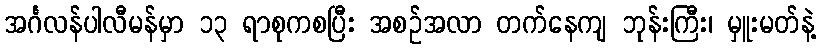
အင်္ဂလန်ပါလီမန်မှာ ၁၃ ရာစုကစပြီး အစဉ်အလာ တက်နေကျ ဘုန်းကြီး၊ မှူးမတ်နဲ့